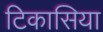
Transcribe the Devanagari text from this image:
टिकासिया